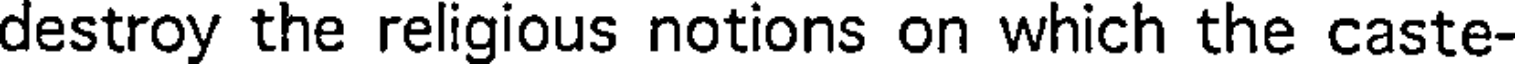
destroy the religious notions on which the caste-